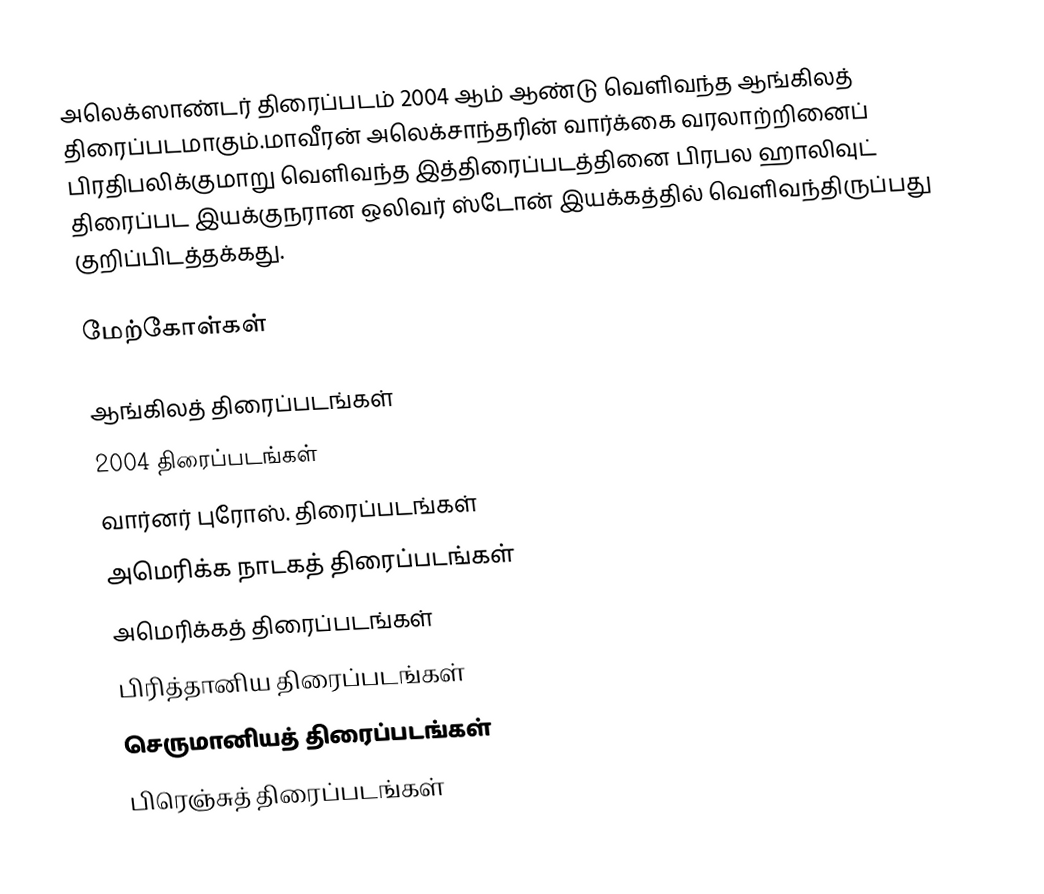
அலெக்ஸாண்டர் திரைப்படம் 2004 ஆம் ஆண்டு வெளிவந்த ஆங்கிலத் திரைப்படமாகும்.மாவீரன் அலெக்சாந்தரின் வார்க்கை வரலாற்றினைப் பிரதிபலிக்குமாறு வெளிவந்த இத்திரைப்படத்தினை பிரபல ஹாலிவுட் திரைப்பட இயக்குநரான ஒலிவர் ஸ்டோன் இயக்கத்தில் வெளிவந்திருப்பது குறிப்பிடத்தக்கது.

மேற்கோள்கள்

ஆங்கிலத் திரைப்படங்கள்
2004 திரைப்படங்கள்
வார்னர் புரோஸ். திரைப்படங்கள்
அமெரிக்க நாடகத் திரைப்படங்கள்
அமெரிக்கத் திரைப்படங்கள்
பிரித்தானிய திரைப்படங்கள்
செருமானியத் திரைப்படங்கள்
பிரெஞ்சுத் திரைப்படங்கள்